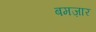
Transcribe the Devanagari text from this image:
बमज़ार